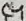
Text: C4